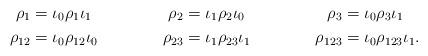
LaTeX: \begin{align*} \rho_1&=\iota_0\rho_1 \iota_1& \rho_2&=\iota_1\rho_2 \iota_0& \rho_3&=\iota_0\rho_3 \iota_1 \\ \rho_{12}&=\iota_0\rho_{12} \iota_0& \rho_{23}&=\iota_1\rho_{23} \iota_1& \rho_{123}&=\iota_0\rho_{123} \iota_1.\end{align*}